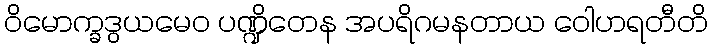
ဝိမောက္ခဒွယမေဝ ပဏ္ဍိတေန အပရိဂမနတာယ ဝေါဟရတီတိ